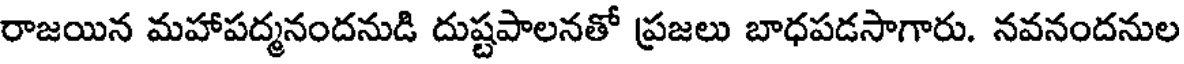
రాజయిన మహాపద్మనందనుడి దుష్టపాలనతో ప్రజలు బాధపడసాగారు. నవనందనుల